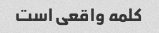
کلمه واقعی است